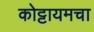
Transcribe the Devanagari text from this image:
कोट्टायमचा